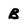
Character: B